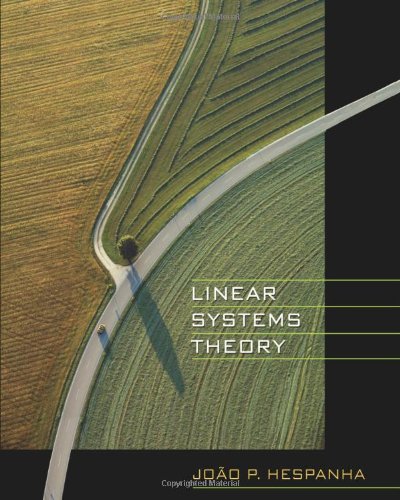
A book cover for Linear Systems Theory; JoÃ£o P. Hespanha; Science & Math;